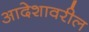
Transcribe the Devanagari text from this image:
आदेशावरील